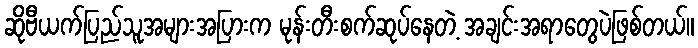
ဆိုဗီယက်ပြည်သူအများအပြားက မုန်းတီးစက်ဆုပ်နေတဲ့ အချင်းအရာတွေပဲဖြစ်တယ်။